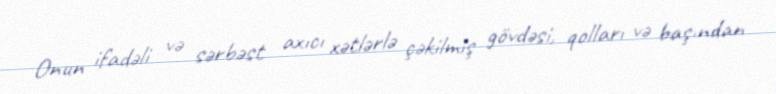
Onun ifadəli və sərbəst axıcı xətlərlə çəkilmiş gövdəsi, qolları və başından